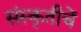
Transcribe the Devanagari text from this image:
संस्कृतीचें